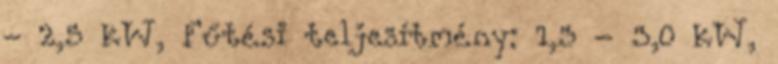
- 2,5 kW, Fűtési teljesítmény: 1,3 - 3,0 kW,